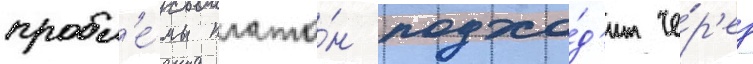
пробл'е́мы плато́н подхо́д'ит че́р'ез